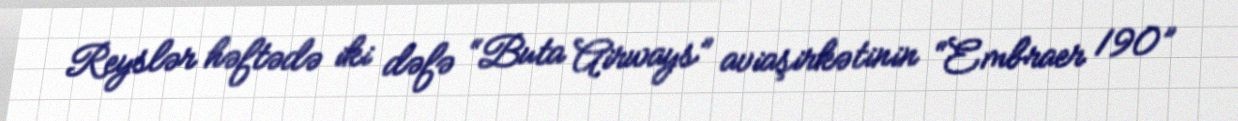
Reyslər həftədə iki dəfə “Buta Airways” aviaşirkətinin “Embraer 190”